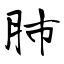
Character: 肺